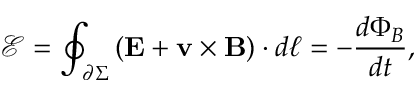
{ \mathcal { E } } = \oint _ { \partial \Sigma } \left( \mathbf { E } + \mathbf { v \times B } \right) \cdot d { \boldsymbol { \ell } } = - { \frac { d \Phi _ { B } } { d t } } ,